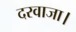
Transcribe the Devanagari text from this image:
दरवाजा।